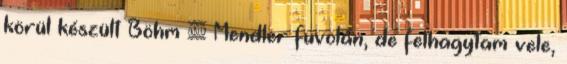
körül készült Böhm & Mendler fuvolán, de felhagytam vele,